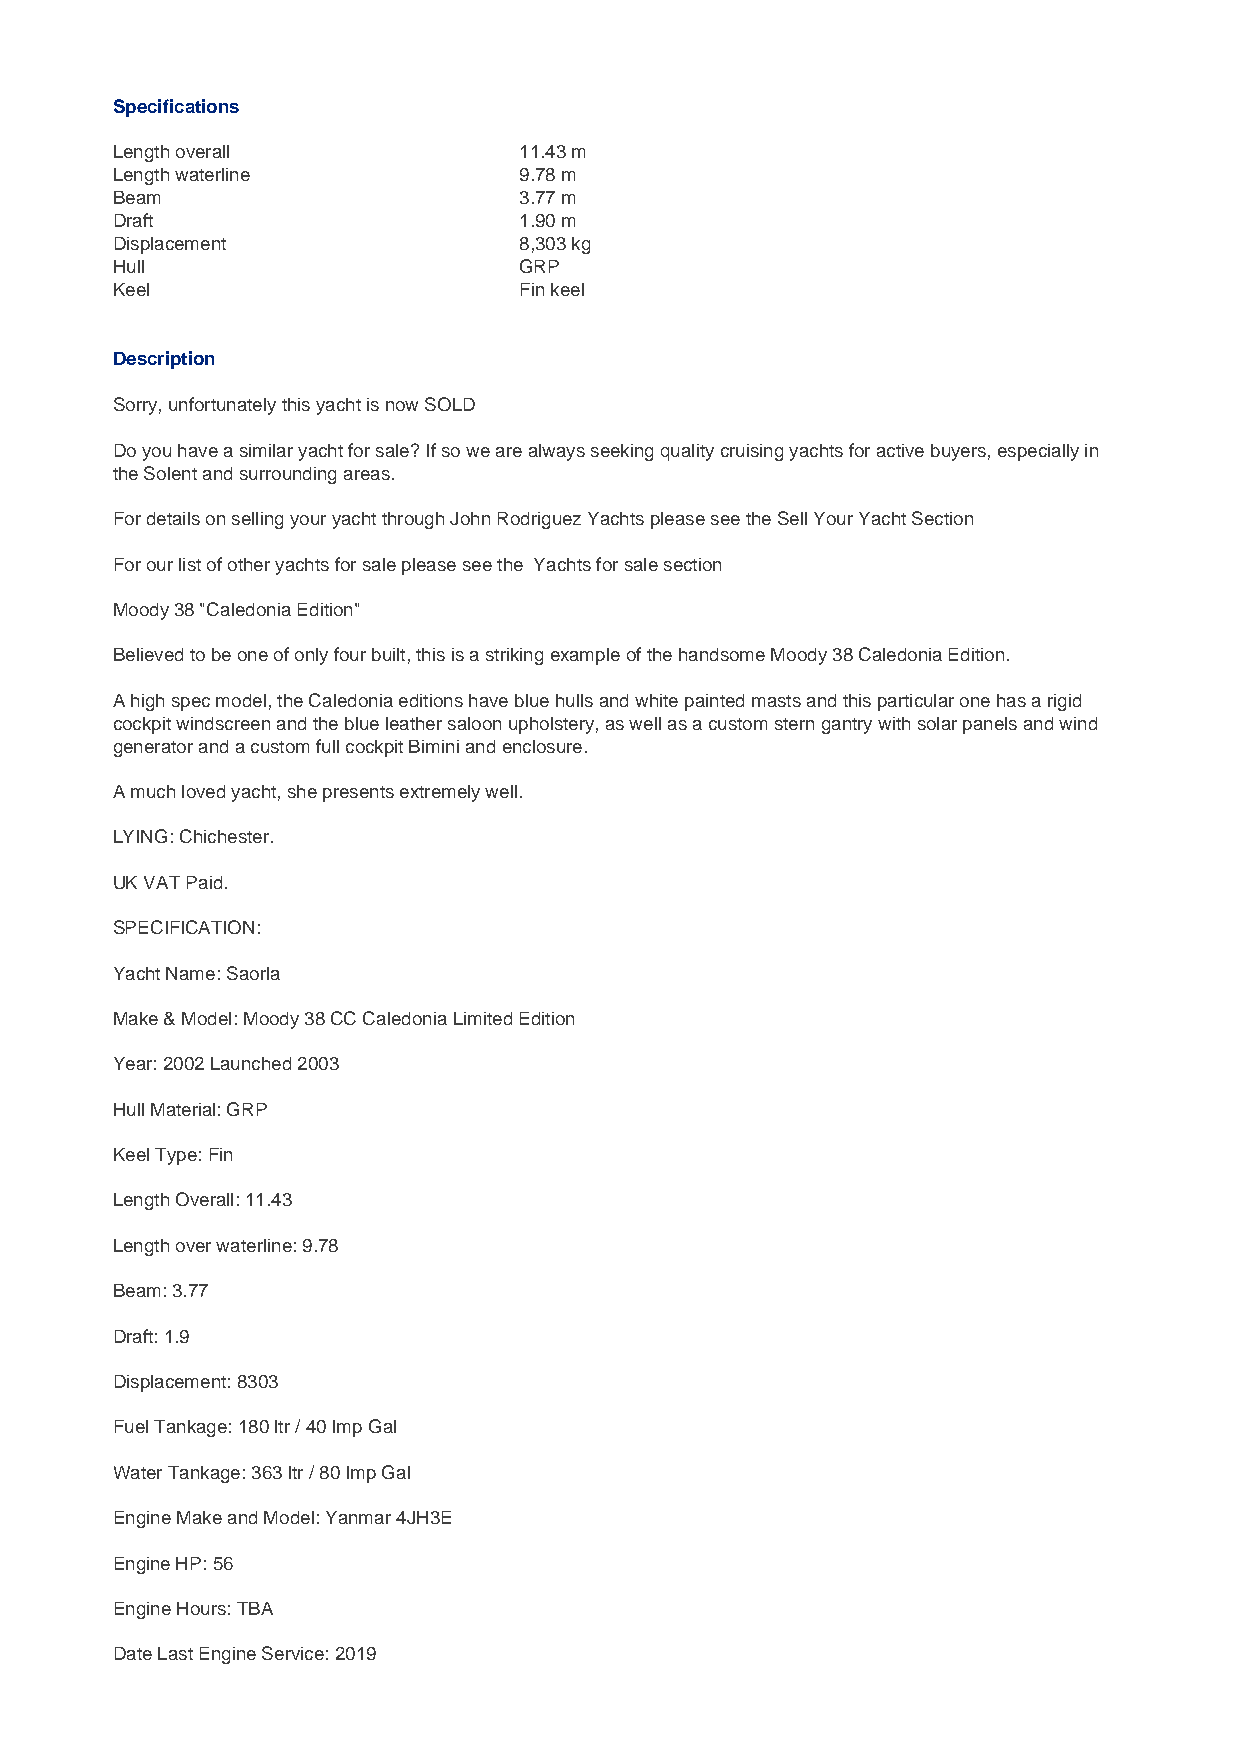
Specifications
 Length overall             11.43 m
 Length waterline           9.78 m
 Beam                       3.77 m
 Draft                      1.90 m
 Displacement               8,303 kg
 Hull                       GRP
 Keel                       Fin keel
 Description
 Sorry, unfortunately this yacht is now SOLD
 Do you have a similar yacht for sale? If so we are always seeking quality cruising yachts for active buyers, especially in
 the Solent and surrounding areas.
 For details on selling your yacht through John Rodriguez Yachts please see the Sell Your Yacht Section
 For our list of other yachts for sale please see the Yachts for sale section
 Moody 38 "Caledonia Edition"
 Believed to be one of only four built, this is a striking example of the handsome Moody 38 Caledonia Edition.
 A high spec model, the Caledonia editions have blue hulls and white painted masts and this particular one has a rigid
 cockpit windscreen and the blue leather saloon upholstery, as well as a custom stern gantry with solar panels and wind
 generator and a custom full cockpit Bimini and enclosure.
 A much loved yacht, she presents extremely well.
 LYING: Chichester.
 UK VAT Paid.
 SPECIFICATION:
 Yacht Name: Saorla
 Make & Model: Moody 38 CC Caledonia Limited Edition
 Year: 2002 Launched 2003
 Hull Material: GRP
 Keel Type: Fin
 Length Overall: 11.43
 Length over waterline: 9.78
 Beam: 3.77
 Draft: 1.9
 Displacement: 8303
 Fuel Tankage: 180 ltr / 40 Imp Gal
 Water Tankage: 363 ltr / 80 Imp Gal
 Engine Make and Model: Yanmar 4JH3E
 Engine HP: 56
 Engine Hours: TBA
 Date Last Engine Service: 2019